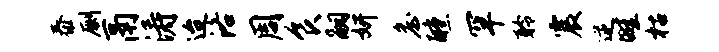
泰劂鬲涛迨洛周食嗣妍詹醺罕聆震逆畦枯